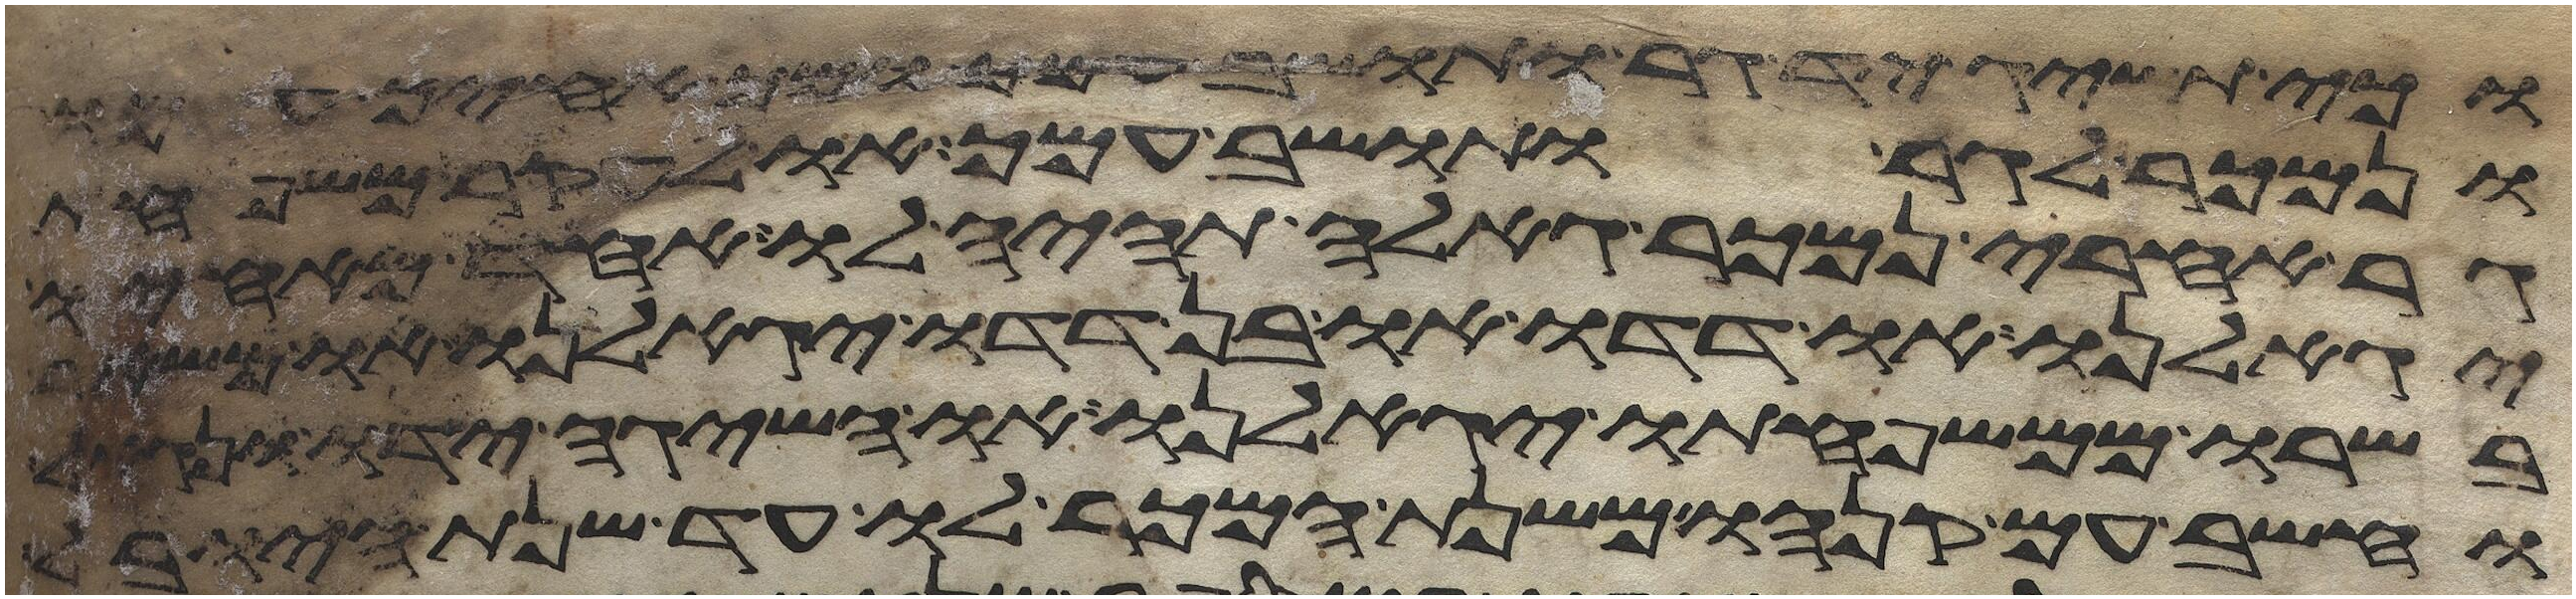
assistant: וכי תשיג יד גר ותושב עמך ומך אחיך עמו
ונמכר לגר ותושב עמך או לעקר משפחת
גר אחרי נמכר גאלה תהיה לו אחד מאחיו
יגאלנו או דדו או בן דדו יגאלנו או משאר
בשרו ממשפחתו יגאלנו או השיגה ידו ונגאל
וחשב עם קנהו משנת המכר לו עד שנת היובל